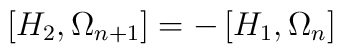
\left[ H_2,\Omega_{n+1}\right]=-\left[ H_1,\Omega_n\right]